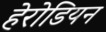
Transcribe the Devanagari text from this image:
हेरोडियन